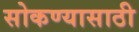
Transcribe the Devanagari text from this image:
सोकण्यासाठी